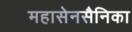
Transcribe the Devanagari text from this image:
महासेनसैनिका